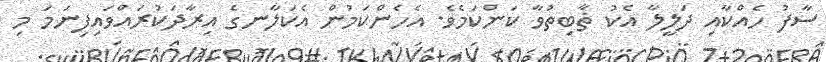
ސާފު ހެއްކާއި ދަލީލާ އެކު ޡާބިތުވާ ކަންކަމެވެ. އެހެންކަމުން އެކަލާނގެ އިރާދަކުރައްވައިފިނަމަ މި